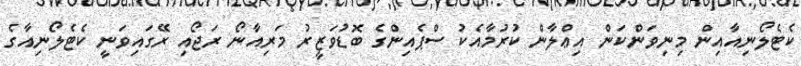
ކެޓެލޯނިއާއިން މިނިވަންކަން އިޢްލާން ކުރުމާއެކު ސްޕެއިންގެ ބޮޑުވަޒީރު މަރިއާނޯ ރަޖޯއި ރޭގައިވަނީ ކެޓެލޯނިއާގެ